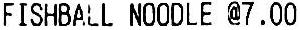
FISHBALL NOODLE @7.00